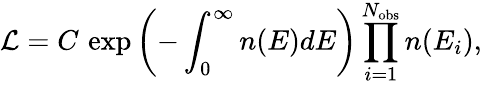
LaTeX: {\cal L}=C\, \exp\left(-\int_{0}^{\infty}n(E)dE\right)\prod_{i=1}^{N_{\mathrm{obs}}}n(E_{i}),